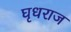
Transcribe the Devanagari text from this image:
घृधराज